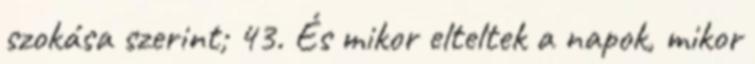
szokása szerint; 43. És mikor elteltek a napok, mikor